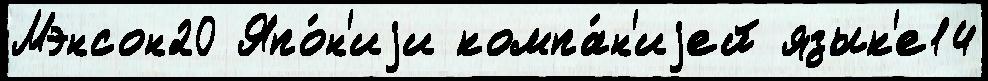
Мэнсон20 Япо́н'иjи компа́н'иjей язык'е14